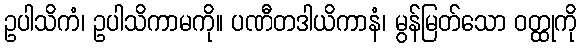
ဥပါသိကံ၊ ဥပါသိကာမကို။ ပဏီတဒါယိကာနံ၊ မွန်မြတ်သော ဝတ္ထုကို